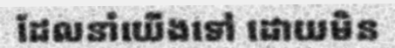
ដែលនាំយើងទៅ ដោយមិន